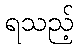
ရသည့်